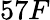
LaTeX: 57F